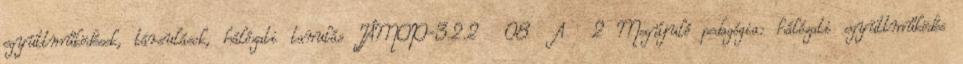
együttműködések, társulások, hálózati tanulás TÁMOP-3.2.2 08 A 2 Megújuló pedagógia: hálózati együttműködés